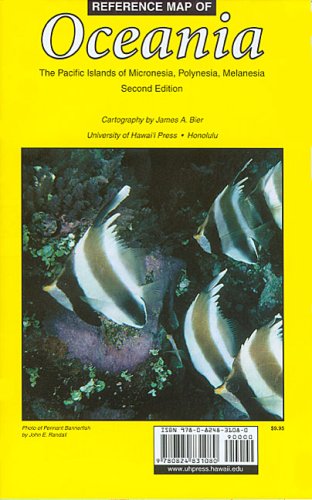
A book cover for Reference Map of Oceania: The Pacific Islands of Micronesia, Polynesia, Melanesia; James A. Bier; Travel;